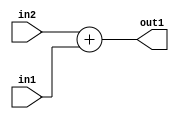
`timescale 1ps / 1ps
/*****************************************************************************
    Verilog RTL Description
    
    
    Created by: Stratus DpOpt 2019.1.01 
*******************************************************************************/

module SobelFilter_Add_12Ux10U_12U_1 (
	in2,
	in1,
	out1
	); /* architecture "behavioural" */ 
input [11:0] in2;
input [9:0] in1;
output [11:0] out1;
wire [11:0] asc001;

assign asc001 = 
	+(in2)
	+(in1);

assign out1 = asc001;
endmodule

/* CADENCE  urn0SQ0= : u9/ySgnWtBlWxVPRXgAZ4Og= ** DO NOT EDIT THIS LINE ******/